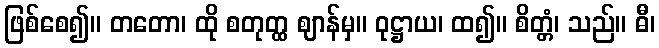
ဖြစ်စေ၍။ တတော၊ ထို စတုတ္ထ ဈာန်မှ။ ဝုဋ္ဌာယ၊ ထ၍။ စိတ္တံ၊ သည်။ ဓီ၊